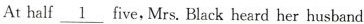
At half \underline{1}five,Mrs. Black heard her husband